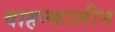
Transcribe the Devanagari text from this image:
वाहन्कालीन